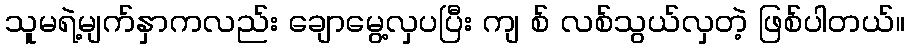
သူမရဲ့မျက်နှာကလည်း ချောမွေ့လှပပြီး ကျ စ် လစ်သွယ်လှတဲ့ ဖြစ်ပါတယ်။